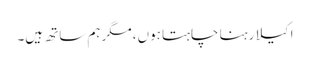
اکیلا رہنا چاہتا ہوں، مگر ہم ساتھ ہیں۔